Parnu_Linna_Vaeslastekohus, lk 8
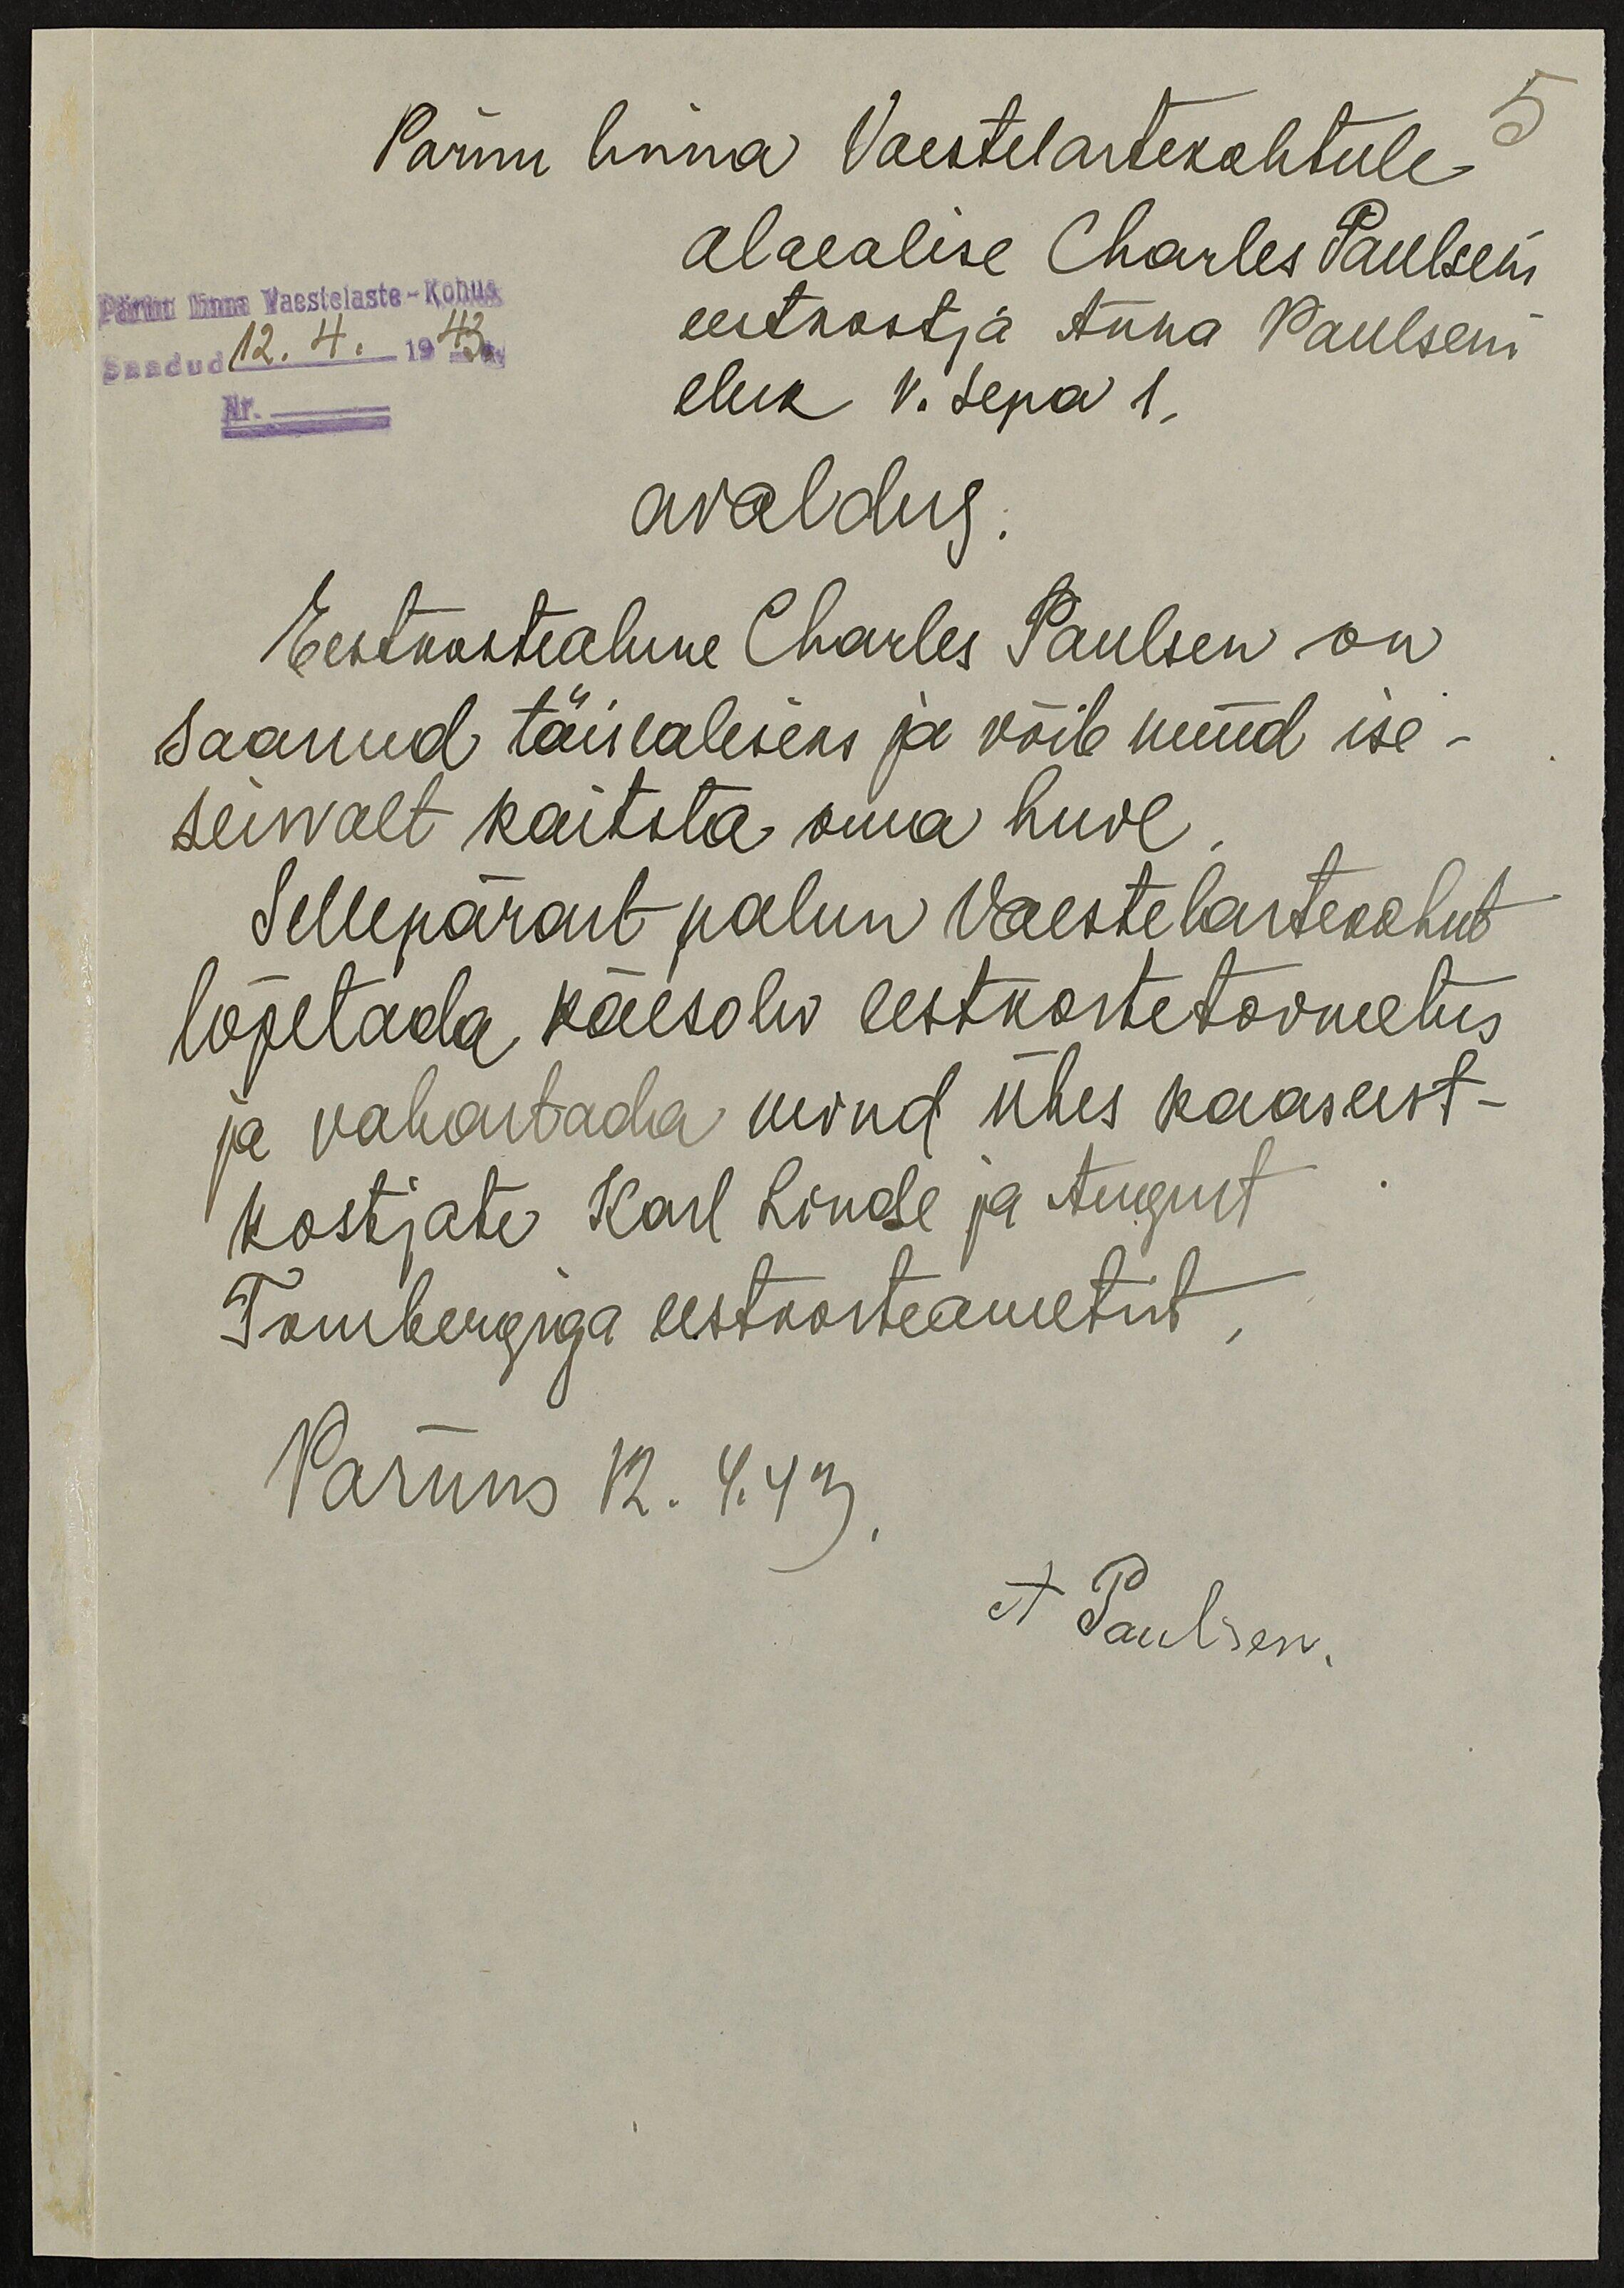
Pärnu linna Vaestelastekohtule
5
alaealise Charles Paulseni
eestkostja Anna Paulseni
eluk V. Sepa 1.
Pärnu linna Vaestelaste-Kohus
Saadud 12.4.1943 a.
Nr.
avaldus.
Eestkostealune Charles Paulsen on
saanud täisealiseks ja võib nüüd ise-
seisvalt kaitsta oma huve
Sellepärast palun Vaestelastekohut
lõpetada käesolev eestkostetoimetus
ja vabastada mind ühes kaaseest-
kostjate Karl Linde ja August
Tombergiga eestkosteametist
Pärnus 12.4.43
A Paulsen.